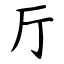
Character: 厅